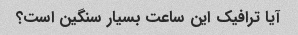
آیا ترافیک این ساعت بسیار سنگین است؟